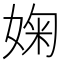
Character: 婅